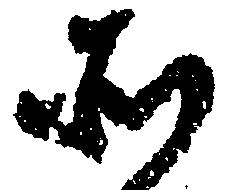
そ